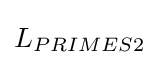
L_{PRIMES2}